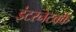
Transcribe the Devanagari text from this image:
इंटरनेटवर्क